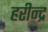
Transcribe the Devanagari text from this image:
हरीन्द्र